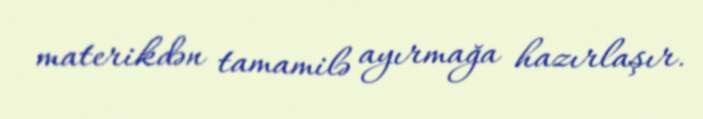
materikdən tamamilə ayırmağa hazırlaşır.